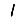
Digit: 1